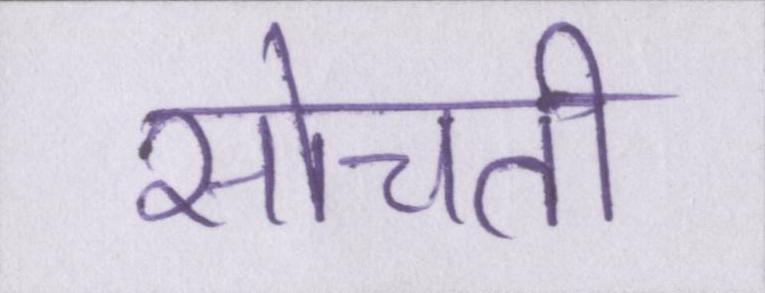
सोचती